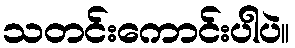
သတင်းကောင်းပါပဲ။